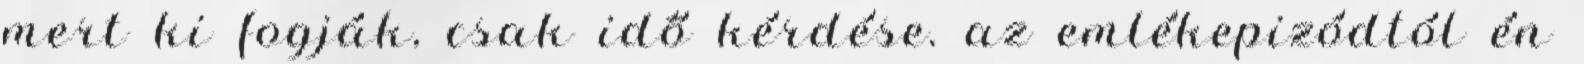
mert ki fogják, csak idő kérdése. az emlékepizódtól én